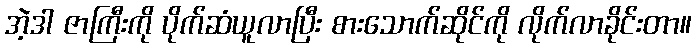
အဲ့ဒါ ဇာကြီးကို ပိုက်ဆံယူလာပြီး စားသောက်ဆိုင်ကို လိုက်လာခိုင်းတာ။